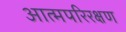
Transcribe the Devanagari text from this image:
आत्मपरिरक्षण